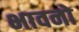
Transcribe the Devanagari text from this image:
भावनो